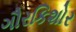
ગૌરકિશોર